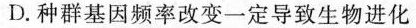
D.种群基因频率改变一定导致生物进化